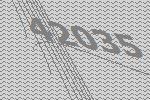
42035